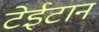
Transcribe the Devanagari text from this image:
टेईटान